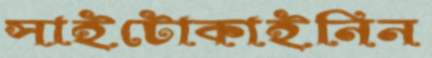
সাইটোকাইনিন